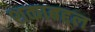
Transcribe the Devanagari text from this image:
शकाबद्दल